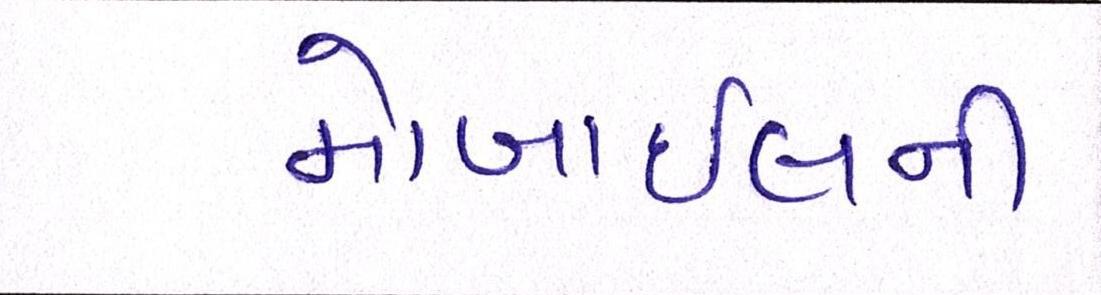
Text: મોબાઇલની